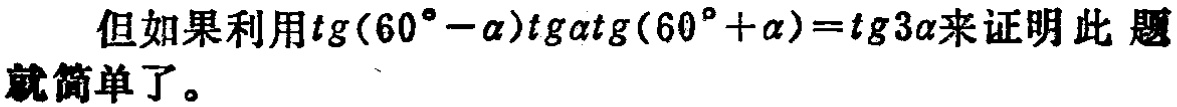
但如果利用\(tg(60^{\circ}-\alpha)tg\alpha tg(60^{\circ}+\alpha)=tg3\alpha\)来证明此题就简单了。